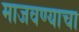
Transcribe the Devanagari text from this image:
माजवण्याचा